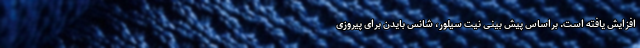
افزایش یافته است. براساس پیش بینی نیت سیلور، شانس بایدن برای پیروزی